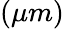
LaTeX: \left(\mu m\right)